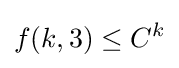
f(k,3)\leq C^{k}